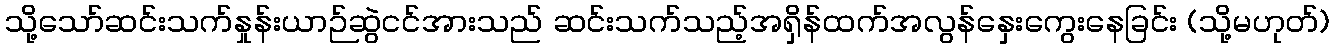
သို့သော်ဆင်းသက်နှုန်းယာဉ်ဆွဲငင်အားသည် ဆင်းသက်သည့်အရှိန်ထက်အလွန်နှေးကွေးနေခြင်း (သို့မဟုတ်)